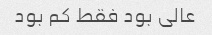
عالی بود فقط کم بود